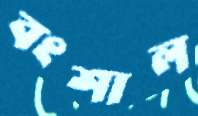
বংশাল